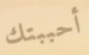
أحببتك